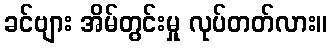
ခင်ဗျား အိမ်တွင်းမှု လုပ်တတ်လား။